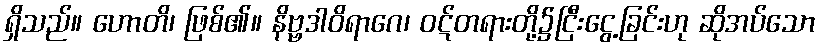
ရှိသည်။ ဟောတိ၊ ဖြစ်၏။ နိဗ္ဗဒါဝိရာဂေ၊ ဝဋ်တရားတို့၌ငြီးငွေ့ခြင်းဟု ဆိုအပ်သော